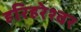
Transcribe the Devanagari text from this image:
हरिहरेश्‍वर